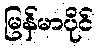
မြန်မာပိုင်